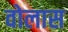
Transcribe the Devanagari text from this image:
वोलास